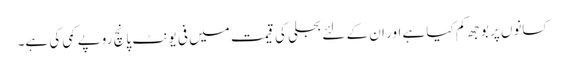
کسانوں پر بوجھ کم کیا ہے اور ان کے لئے بجلی کی قیمت میں فی یونٹ پانچ روپے کمی کی ہے۔